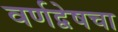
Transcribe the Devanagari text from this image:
वर्णद्वेषचा